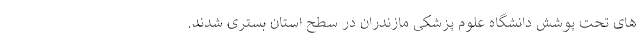
های تحت پوشش دانشگاه علوم پزشکی مازندران در سطح استان بستری شدند.